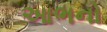
આભનો